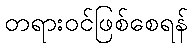
တရားဝင်ဖြစ်စေရန်